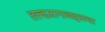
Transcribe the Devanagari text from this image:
तत्त्वज्ञानाबद्दलचा